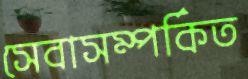
সেবাসম্পর্কিত